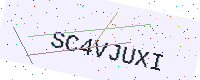
Text: SC4VJUXI